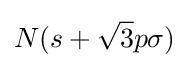
N(s+{\sqrt {3}}p\sigma )